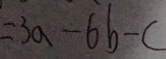
= 3 a - 6 b - c